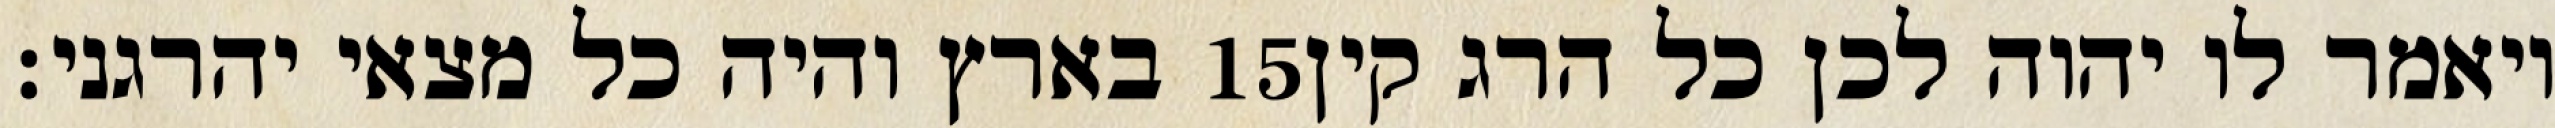
בארץ והיה כל מצאי יהרגני׃ ‎15‏ ויאמר לו יהוה לכן כל הרג קין